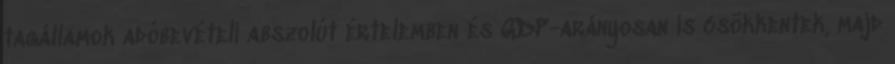
tagállamok adóbevételi abszolút értelemben és GDP-arányosan is csökkentek, majd